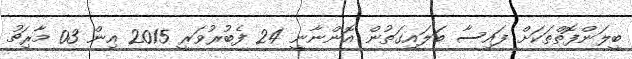
ބީލަންފޮތްތަކަށް ފައިސާ ބަލައިގަތުން އޮންނާނީ 24 ފެބުރުވަރީ 2015 އިން 03 މާރިޗު